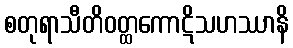
စတုရာသီတိဝတ္ထကောဋိသဟဿာနိ